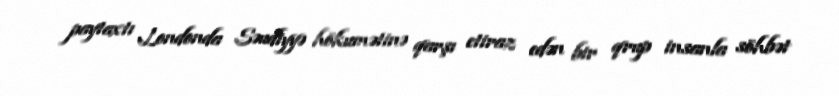
paytaxtı Londonda Səudiyyə hökumətinə qarşı etiraz edən bir qrup insanla söhbət